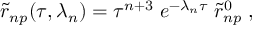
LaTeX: { \widetilde r } _ { n p } ( \tau , \lambda _ { n } ) = \tau ^ { n + 3 } \; e ^ { - \lambda _ { n } \tau } \; { \widetilde r } _ { n p } ^ { 0 } \; ,